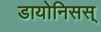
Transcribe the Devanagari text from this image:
डायोनिसस्